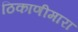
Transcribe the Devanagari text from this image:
ठिकाणीमारा